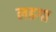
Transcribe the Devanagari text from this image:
लहगा